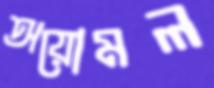
অয়োমল